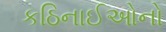
કઠિનાઈઓનો